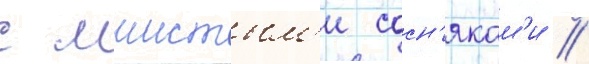
с мшистым'и сосн'якам'и /